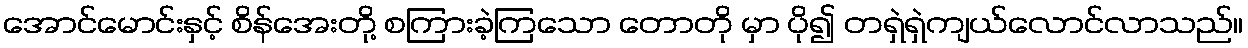
အောင်မောင်းနှင့် စိန်အေးတို့ စကြားခဲ့ကြသော တောတို မှာ ပို၍ တရှဲရှဲကျယ်လောင်လာသည်။